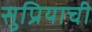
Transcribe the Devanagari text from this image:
सुप्रियाची